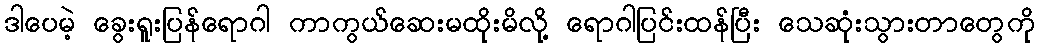
ဒါပေမဲ့ ခွေးရူးပြန်ရောဂါ ကာကွယ်ဆေးမထိုးမိလို့ ရောဂါပြင်းထန်ပြီး သေဆုံးသွားတာတွေကို